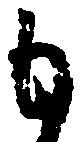
も